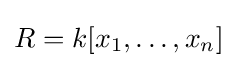
R=k[x_{1},\dots ,x_{n}]